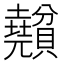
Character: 𧹅